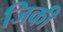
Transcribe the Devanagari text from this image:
जिकी